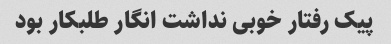
پیک رفتار خوبی نداشت انگار طلبکار بود